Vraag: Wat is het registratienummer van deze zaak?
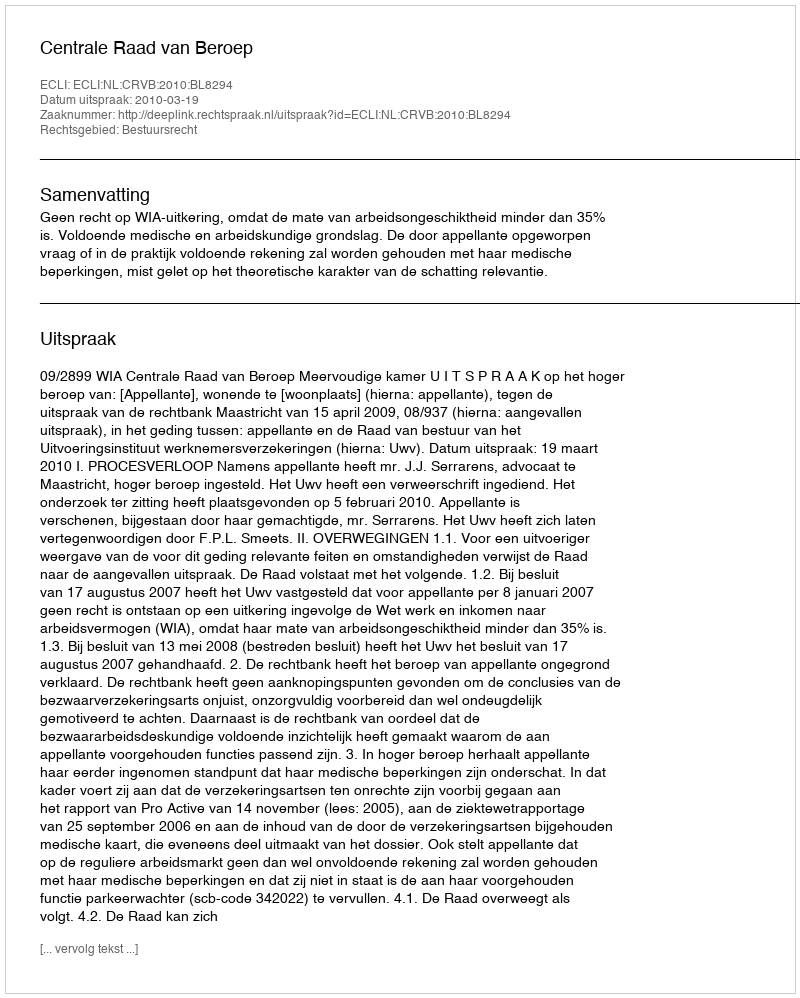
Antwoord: http://deeplink.rechtspraak.nl/uitspraak?id=ECLI:NL:CRVB:2010:BL8294